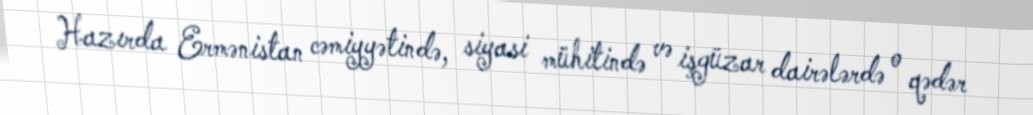
Hazırda Ermənistan cəmiyyətində, siyasi mühitində və işgüzar dairələrdə o qədər